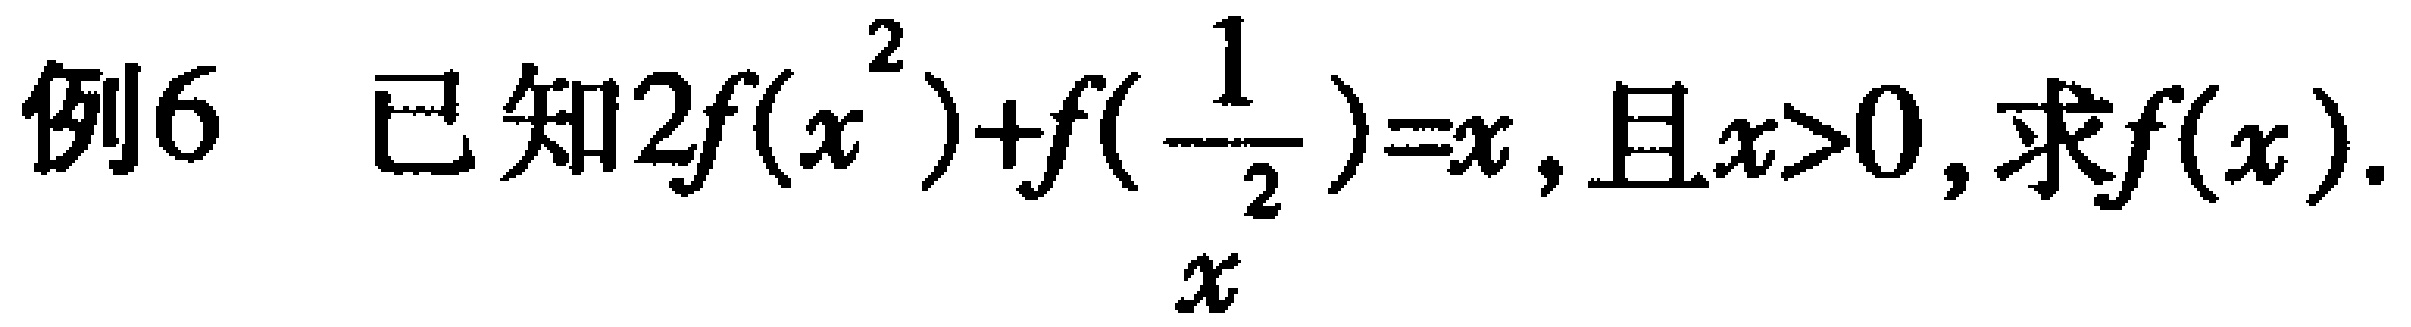
例6 已知\(2f(x^{2}) + f(\frac{1}{x^{2}})=x\)，且\(x > 0\)，求\(f(x)\)。